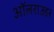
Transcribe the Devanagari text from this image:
ऑलराउडर